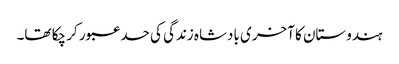
ہندوستان کا آخری بادشاہ زندگی کی حد عبور کر چکا تھا۔